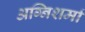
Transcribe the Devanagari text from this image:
अग्निशर्मा